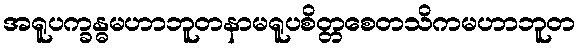
အရူပက္ခန္ဓမဟာဘူတနာမရူပစိတ္တစေတသိကမဟာဘူတ